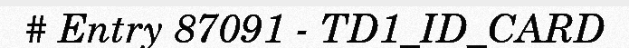
# Entry 87091 - TD1_ID_CARD